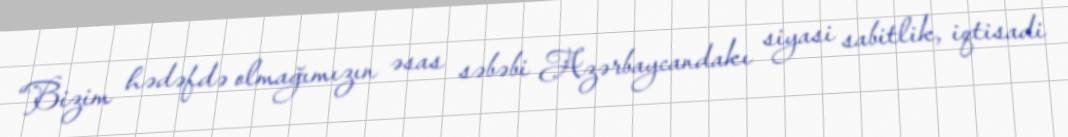
“Bizim hədəfdə olmağımızın əsas səbəbi Azərbaycandakı siyasi sabitlik, iqtisadi